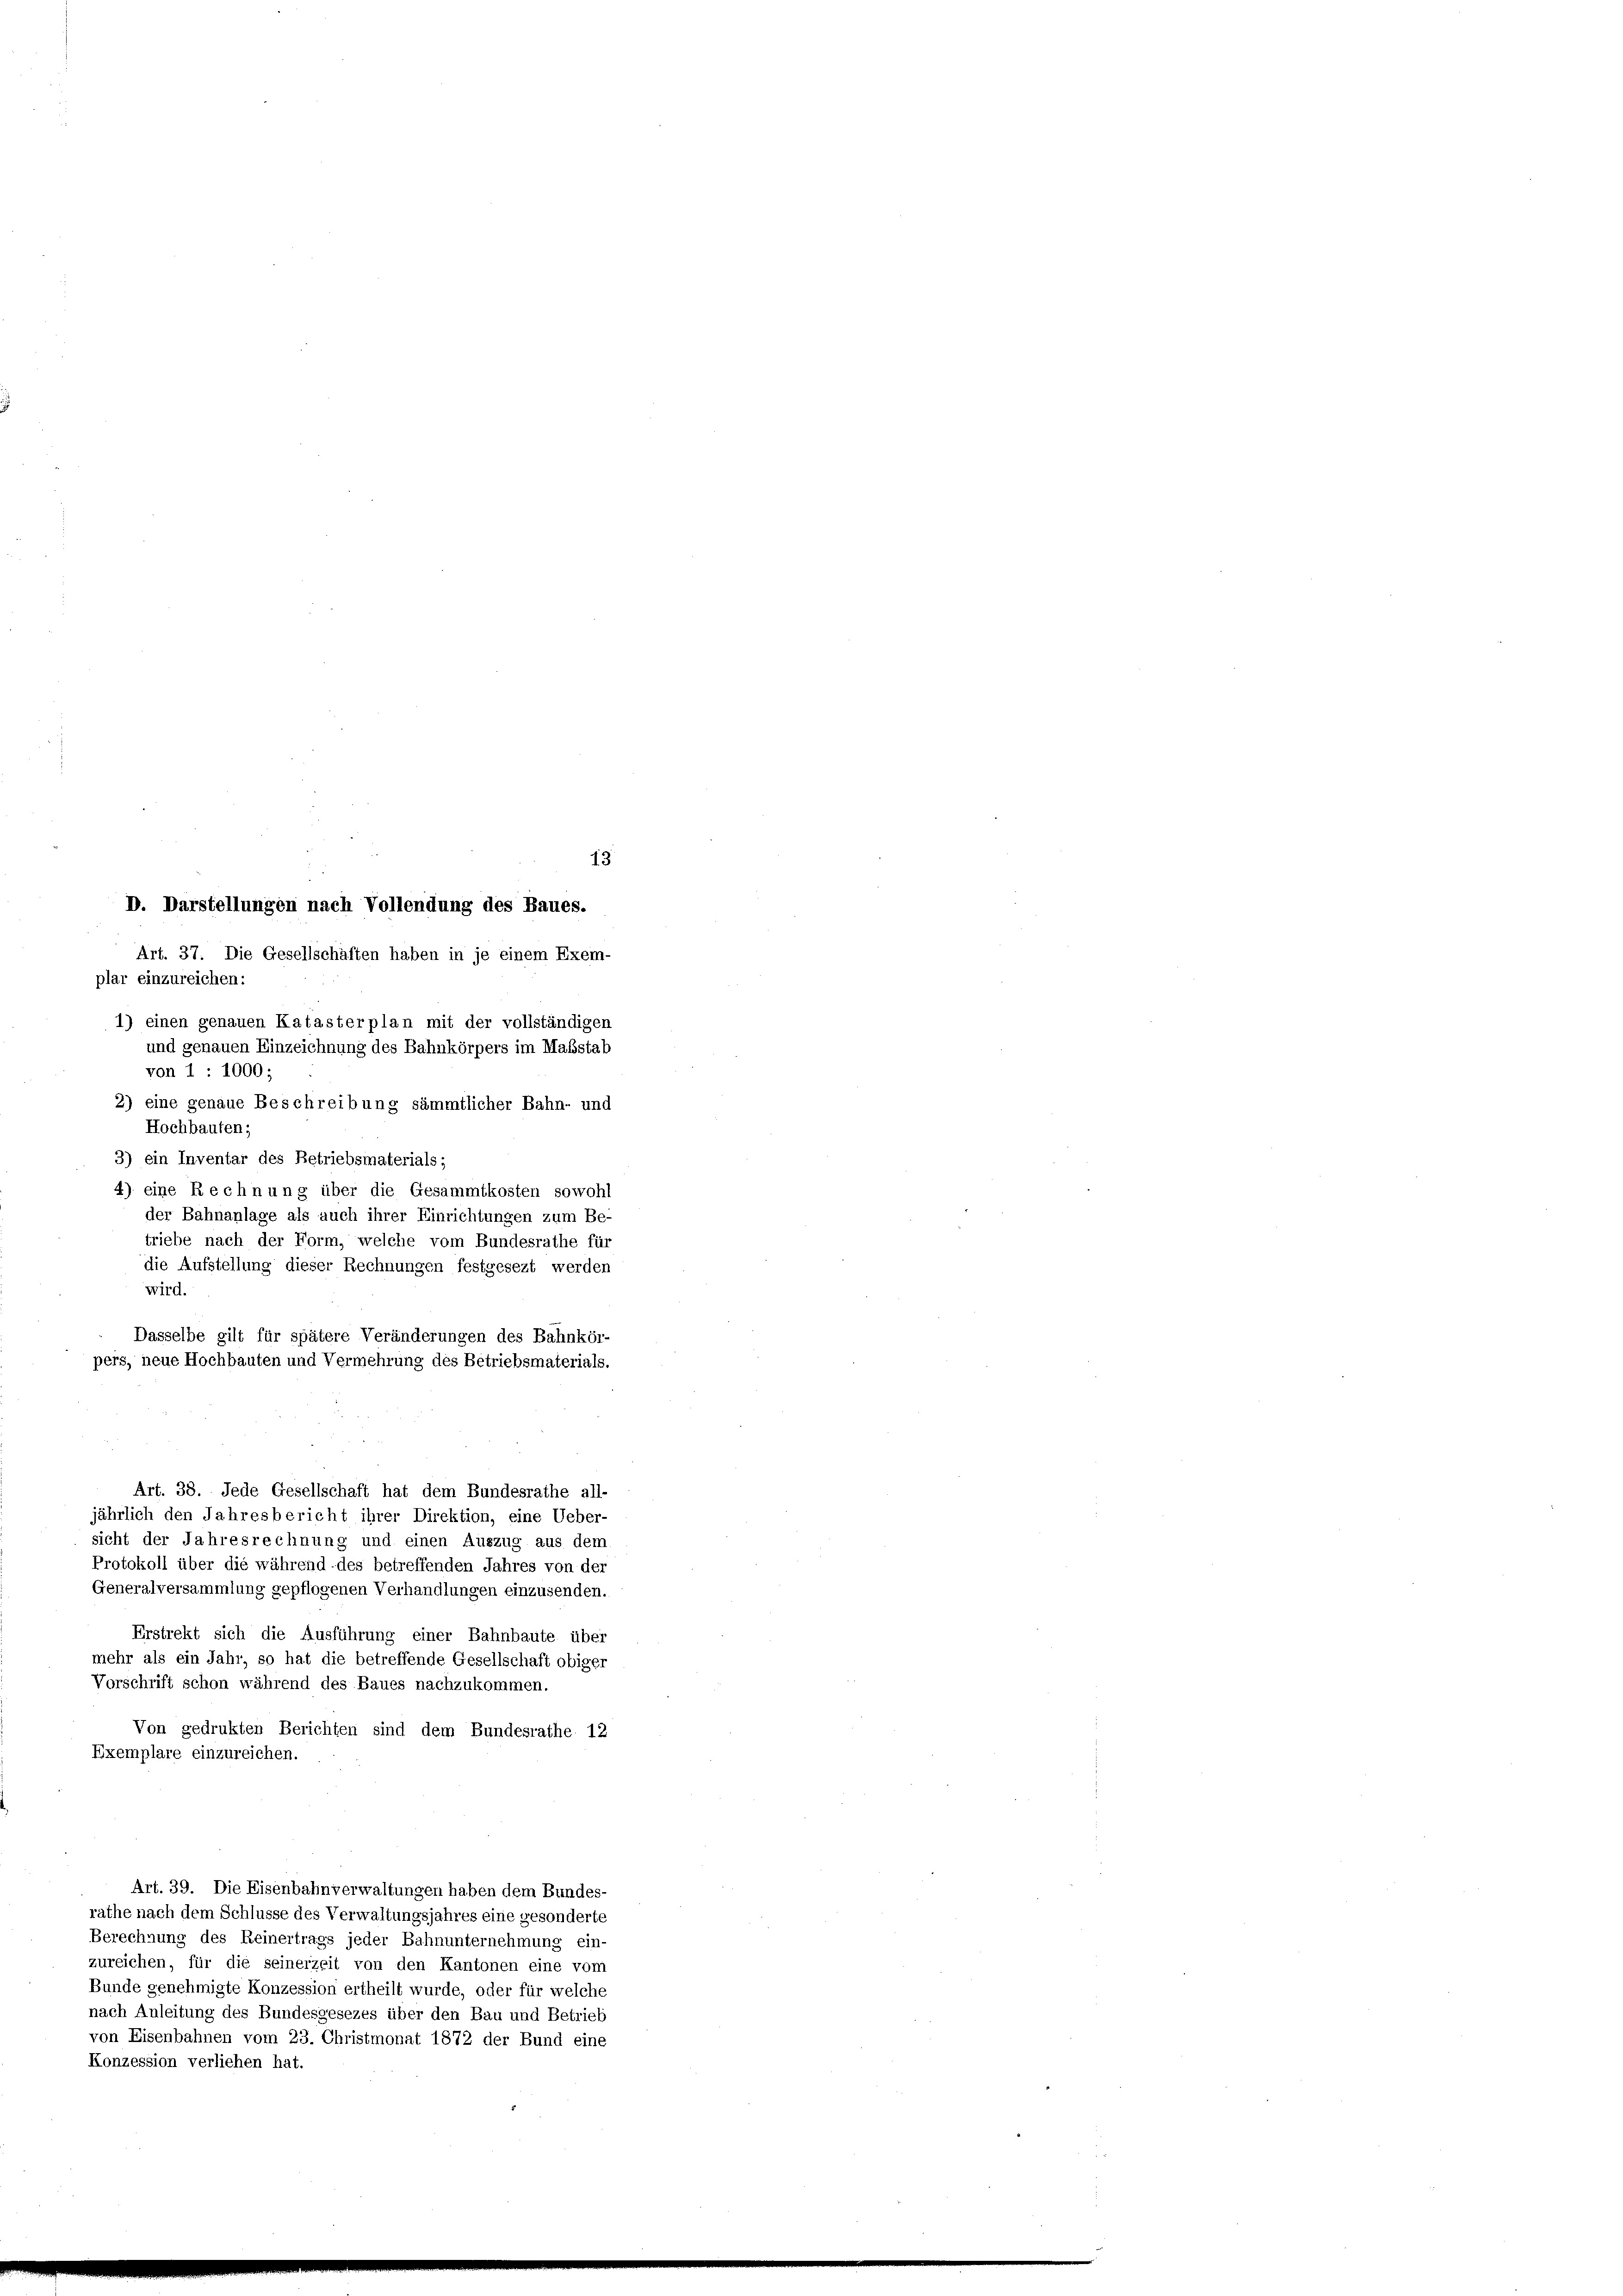
D. Darstellungen nach Vollendung des Baues.
Art. 37. Die Gesellschaften haben in je einem Exem-
plar einzureichen:
1) einen genauen Katasterplan mit der vollständigen
von 1 : 1000;
2) eine genaue Beschreibung sämmtlicher Bahn- und
Hochbauten;
3) ein Inventar des Betriebsmaterials;
4) eine Rechnung über die Gesammtkosten sowohl
der Bahnanlage als auch ihrer Einrichtungen zum Be-
triebe nach der Form, welche vom Bundesrathe für
die Aufstellung dieser Rechnungen festgesezt werden
wird.
Dasselbe gilt für spätere Veränderungen des Bahnkör-
pers, neue Hochbauten und Vermehrung des Betriebsmaterials.
Art. 38. Jede Gesellschaft hat dem Bundesrathe all-
jährlich den Jahresbericht ihrer Direktion, eine Ueber-
sicht der Jahresrechnung und einen Auszug aus dem
Protokoll über die während des betreffenden Jahres von der
Generalversammlung gepflogenen Verhandlungen einzusenden.
Erstrekt sich die Ausführung einer Bahnbaute über
mehr als ein Jahr, so hat die betreffende Gesellschaft obiger
Vorschrift schon während des Baues nachzukommen.
Von gedrukten Berichten sind dem Bundesrathe 12
Exemplare einzureichen.
Art. 39. Die Eisenbahnverwaltungen haben dem Bundes-
rathe nach dem Schlüsse des Verwaltungsjahres eine gesonderte
Berechnung des Reinertrags jeder Bahnunternehmung ein-
zureichen, für die seinerzeit von den Kantonen eine vom
Bunde genehmigte Konzession ertheilt wurde, oder für welche
nach Anleitung des Bundesgesezes über den Bau und Betrieb
von Eisenbahnen vom 23. Christmonat 1872 der Bund eine
Konzession verliehen hat.

und genauen Einzeichnung des Bahnkörpers im Maßstab

13